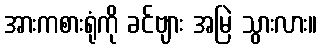
အားကစားရုံကို ခင်ဗျား အမြဲ သွားလား။